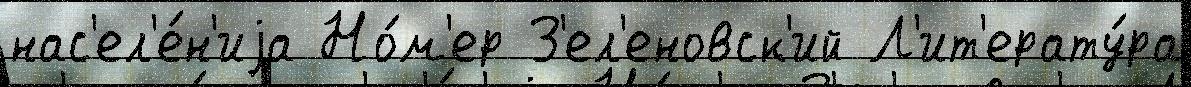
нас'ел'е́н'иjа Но́м'ер З'ел'еновск'ий Л'ит'ерату́ра